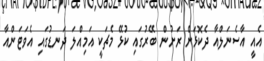
އެއީ އާސެނަލްއާ ދެކޮޅަށް ރަށުން ބޭރުގައި ކުޅޭ މެޗަކީ އަމިއްލަ ދަނޑުގައި އެވަޓަންއާ